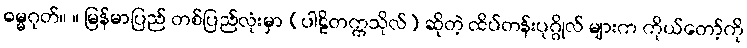
ဓမ္မဂုတ်။ ။ မြန်မာပြည် တစ်ပြည်လုံးမှာ (ပါဠိတက္ကသိုလ်) ဆိုတဲ့ ထိပ်တန်းပုဂ္ဂိုလ် များက ကိုယ်တော့်ကို